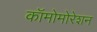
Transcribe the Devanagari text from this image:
कॉमोमोरेशन